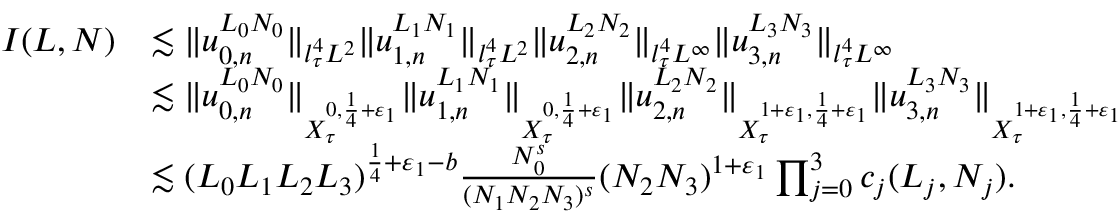
\begin{array} { r l } { I ( L , N ) } & { \lesssim \Vert u _ { 0 , n } ^ { L _ { 0 } N _ { 0 } } \Vert _ { l _ { \tau } ^ { 4 } L ^ { 2 } } \Vert u _ { 1 , n } ^ { L _ { 1 } N _ { 1 } } \Vert _ { l _ { \tau } ^ { 4 } L ^ { 2 } } \Vert u _ { 2 , n } ^ { L _ { 2 } N _ { 2 } } \Vert _ { l _ { \tau } ^ { 4 } L ^ { \infty } } \Vert u _ { 3 , n } ^ { L _ { 3 } N _ { 3 } } \Vert _ { l _ { \tau } ^ { 4 } L ^ { \infty } } } \\ & { \lesssim \Vert u _ { 0 , n } ^ { L _ { 0 } N _ { 0 } } \Vert _ { X _ { \tau } ^ { 0 , { \frac { 1 } { 4 } } + \varepsilon _ { 1 } } } \Vert u _ { 1 , n } ^ { L _ { 1 } N _ { 1 } } \Vert _ { X _ { \tau } ^ { 0 , { \frac { 1 } { 4 } } + \varepsilon _ { 1 } } } \Vert u _ { 2 , n } ^ { L _ { 2 } N _ { 2 } } \Vert _ { X _ { \tau } ^ { 1 + \varepsilon _ { 1 } , { \frac { 1 } { 4 } } + \varepsilon _ { 1 } } } \Vert u _ { 3 , n } ^ { L _ { 3 } N _ { 3 } } \Vert _ { X _ { \tau } ^ { 1 + \varepsilon _ { 1 } , { \frac { 1 } { 4 } } + \varepsilon _ { 1 } } } } \\ & { \lesssim ( L _ { 0 } L _ { 1 } L _ { 2 } L _ { 3 } ) ^ { \frac { 1 } { 4 } + \varepsilon _ { 1 } - b } \frac { N _ { 0 } ^ { s } } { ( N _ { 1 } N _ { 2 } N _ { 3 } ) ^ { s } } ( N _ { 2 } N _ { 3 } ) ^ { 1 + \varepsilon _ { 1 } } \prod _ { j = 0 } ^ { 3 } c _ { j } ( L _ { j } , N _ { j } ) . } \end{array}